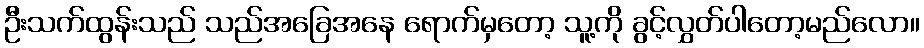
ဦးသက်ထွန်းသည် သည်အခြေအနေ ရောက်မှတော့ သူ့ကို ခွင့်လွှတ်ပါတော့မည်လော။